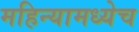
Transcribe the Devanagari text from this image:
महिन्यामध्येच